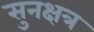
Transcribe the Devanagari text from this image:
सुनक्षत्र